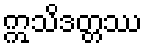
ဣသိဒတ္တဿ